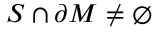
S \cap \partial M \neq \emptyset